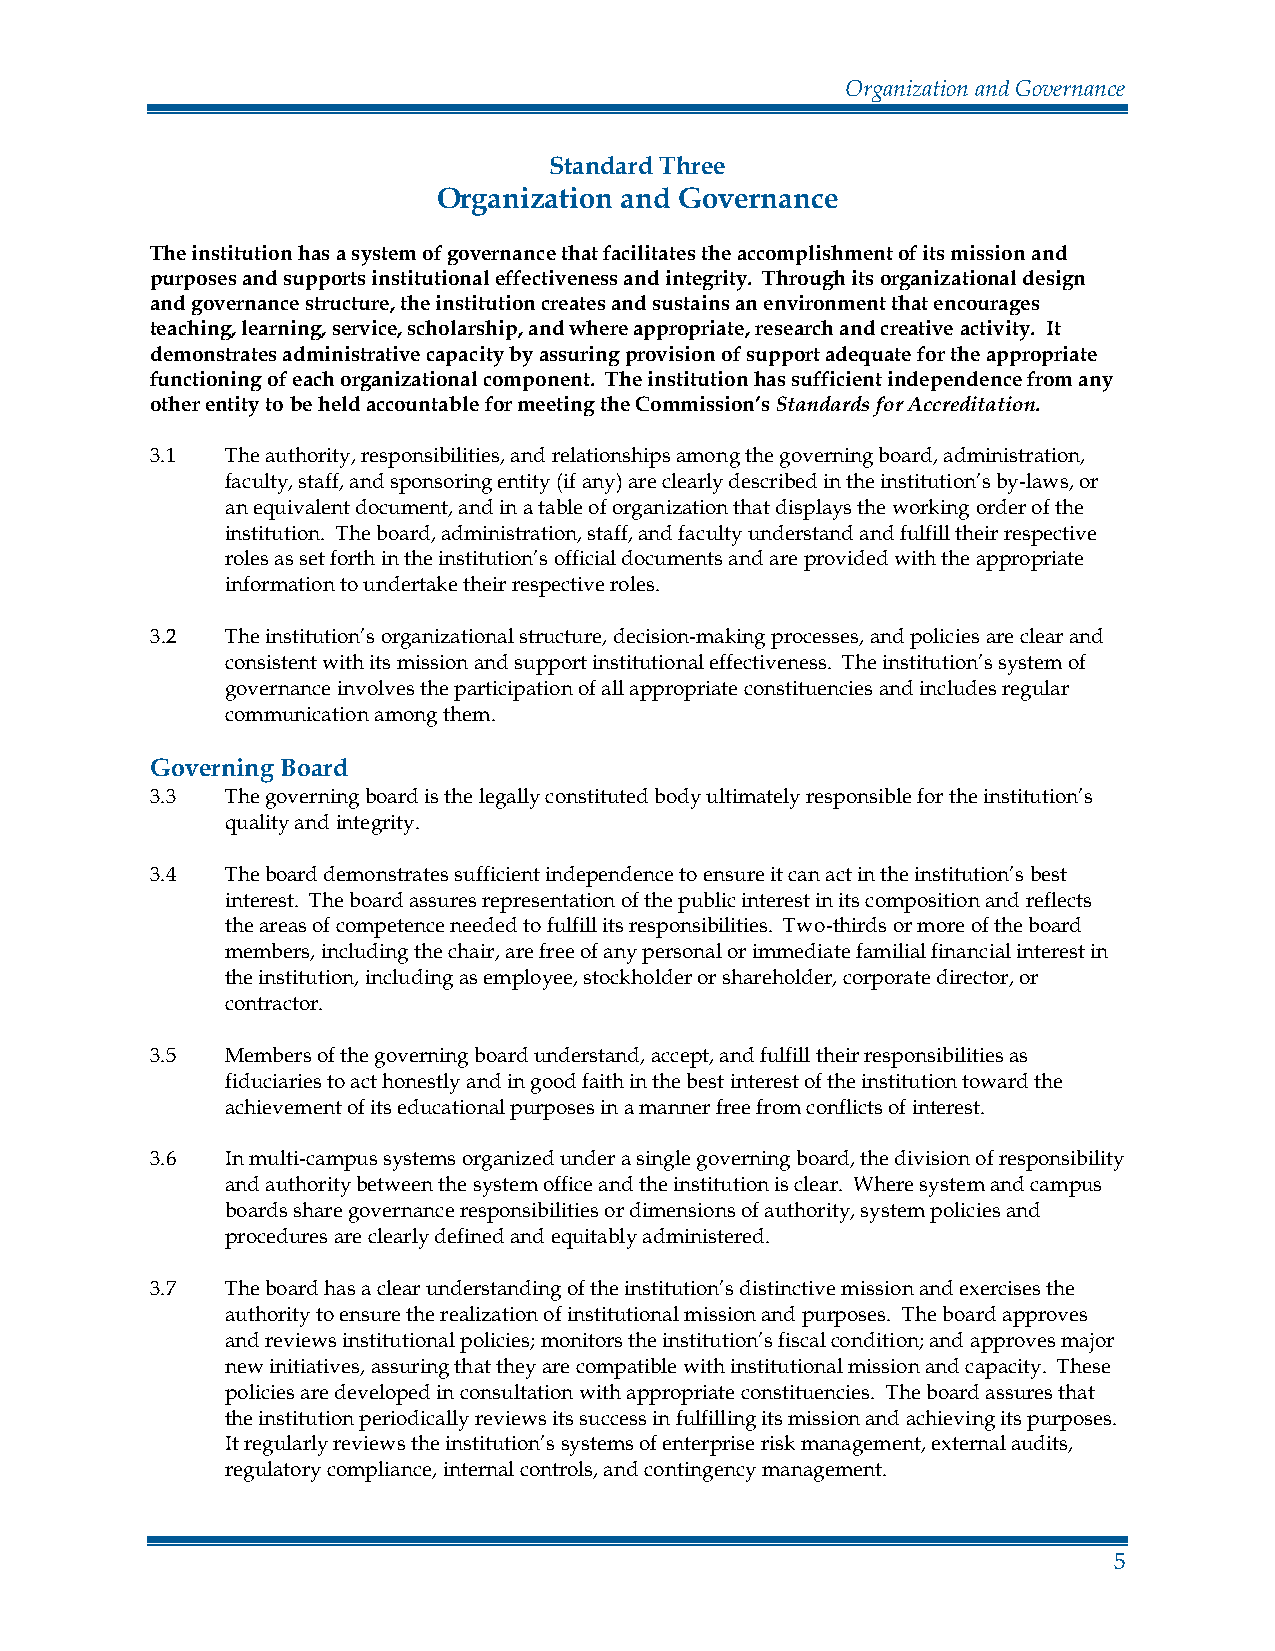
Organization and Governance
 Standard Three
 Organization and Governance
 The institution has a system of governance that facilitates the accomplishment of its mission and
 purposes and supports institutional effectiveness and integrity. Through its organizational design
 and governance structure, the institution creates and sustains an environment that encourages
 teaching, learning, service, scholarship, and where appropriate, research and creative activity. It
 demonstrates administrative capacity by assuring provision of support adequate for the appropriate
 functioning of each organizational component. The institution has sufficient independence from any
 other entity to be held accountable for meeting the Commission’s Standards for Accreditation.
 3.1  The authority, responsibilities, and relationships among the governing board, administration,
 faculty, staff, and sponsoring entity (if any) are clearly described in the institution’s by-laws, or
 an equivalent document, and in a table of organization that displays the working order of the
 institution. The board, administration, staff, and faculty understand and fulfill their respective
 roles as set forth in the institution’s official documents and are provided with the appropriate
 information to undertake their respective roles.
 3.2  The institution’s organizational structure, decision-making processes, and policies are clear and
 consistent with its mission and support institutional effectiveness. The institution’s system of
 governance involves the participation of all appropriate constituencies and includes regular
 communication among them.
 Governing Board
 3.3  The governing board is the legally constituted body ultimately responsible for the institution’s
 quality and integrity.
 3.4  The board demonstrates sufficient independence to ensure it can act in the institution’s best
 interest. The board assures representation of the public interest in its composition and reflects
 the areas of competence needed to fulfill its responsibilities. Two-thirds or more of the board
 members, including the chair, are free of any personal or immediate familial financial interest in
 the institution, including as employee, stockholder or shareholder, corporate director, or
 contractor.
 3.5  Members of the governing board understand, accept, and fulfill their responsibilities as
 fiduciaries to act honestly and in good faith in the best interest of the institution toward the
 achievement of its educational purposes in a manner free from conflicts of interest.
 3.6  In multi-campus systems organized under a single governing board, the division of responsibility
 and authority between the system office and the institution is clear. Where system and campus
 boards share governance responsibilities or dimensions of authority, system policies and
 procedures are clearly defined and equitably administered.
 3.7  The board has a clear understanding of the institution’s distinctive mission and exercises the
 authority to ensure the realization of institutional mission and purposes. The board approves
 and reviews institutional policies; monitors the institution’s fiscal condition; and approves major
 new initiatives, assuring that they are compatible with institutional mission and capacity. These
 policies are developed in consultation with appropriate constituencies. The board assures that
 the institution periodically reviews its success in fulfilling its mission and achieving its purposes.
 It regularly reviews the institution’s systems of enterprise risk management, external audits,
 regulatory compliance, internal controls, and contingency management.
 5